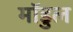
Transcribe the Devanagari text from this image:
मॉडुल